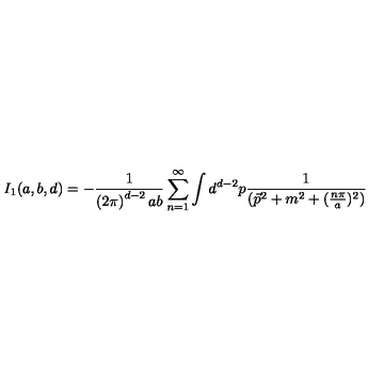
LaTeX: I _ { 1 } ( a , b , d ) = - \frac { 1 } { \left( 2 \pi \right) ^ { d - 2 } a b } \sum _ { n = 1 } ^ { \infty } \int d ^ { d - 2 } p \frac { 1 } { ( \vec { p } ^ { 2 } + m ^ { 2 } + ( \frac { n \pi } { a } ) ^ { 2 } ) }